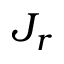
J _ { r }